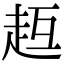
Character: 𧺳